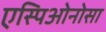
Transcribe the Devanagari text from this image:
एस्पिओनोसा